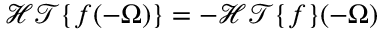
\mathcal { H T } \{ f ( - \Omega ) \} = - \mathcal { H T } \{ f \} ( - \Omega )